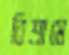
বিশ্রামে